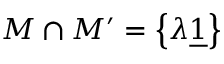
M \cap M ^ { \prime } = \left\{ \lambda \underline { { { 1 } } } \right\}